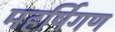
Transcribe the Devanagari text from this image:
महर्षिगण